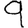
Digit: 9